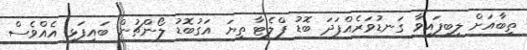
ތިބާއަށް ލިބިފައިވާ ގަނޑުވަރެއްފަދަ ބޮޑު ފްލެޓާ ތިޔަ އަގުބޮޑު ލޯންޗުން ބައިފަޅި އެއްވެސް